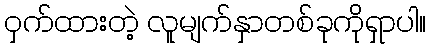
ဝှက်ထားတဲ့ လူမျက်နှာတစ်ခုကိုရှာပါ။